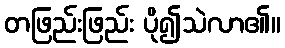
တဖြည်းဖြည်း ပို၍သဲလာ၏။